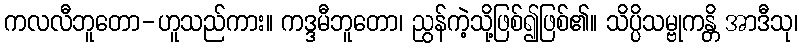
ကလလီဘူတော-ဟူသည်ကား။ ကဒ္ဒမီဘူတော၊ ညွန်ကဲ့သို့ဖြစ်၍ဖြစ်၏။ သိပ္ပိသမ္ဗုကန္တိ အာဒီသု၊